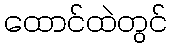
ထောင်ထဲတွင်